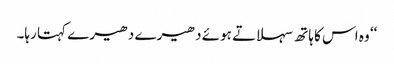
‘‘ وہ اس کا ہاتھ سہلاتے ہوئے دھیرے دھیرے کہتا رہا۔